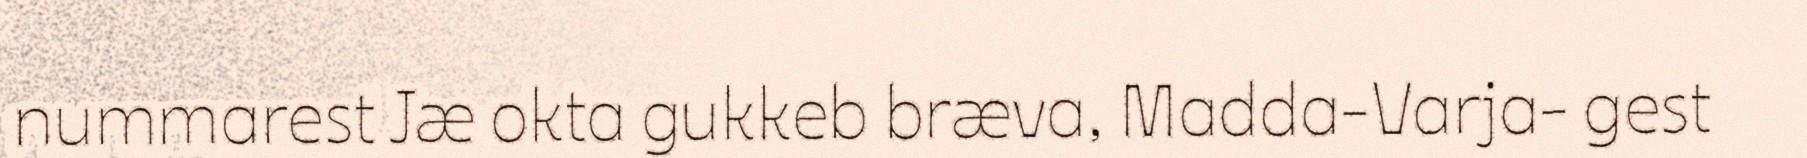
nummarest Jæ okta gukkeb bræva, Madda-Varja- gest